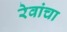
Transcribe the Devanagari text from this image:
रेवांचा